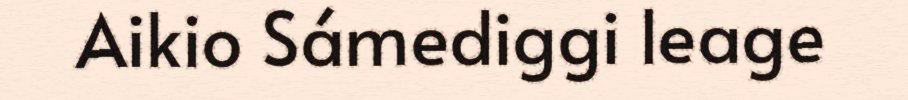
Aikio Sámediggi leage